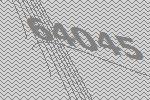
64045